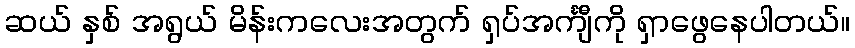
ဆယ် နှစ် အရွယ် မိန်းကလေးအတွက် ရှပ်အင်္ကျီကို ရှာဖွေနေပါတယ်။